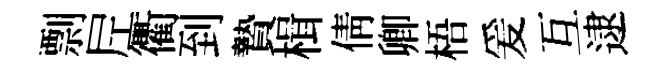
剽𡰱衢到贄楫倩卿梧爰互逮